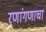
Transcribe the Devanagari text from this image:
रणांगणाचा